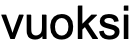
vuoksi